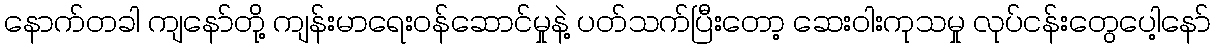
နောက်တခါ ကျနော်တို့ ကျန်းမာရေးဝန်ဆောင်မှုနဲ့ ပတ်သက်ပြီးတော့ ဆေးဝါးကုသမှု လုပ်ငန်းတွေပေါ့နော်